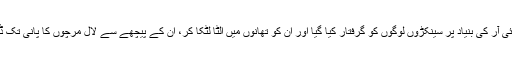
اور ان ایف آئی آر کی بنیاد پر سینکڑوں لوگوں کو گرفتار کیا گیا اور ان کو تھانوں میں الٹا لٹکا کر، ان کے پیچھے سے لال مرچوں کا پانی تک ڈلوایا گیا تھا۔